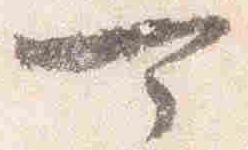
可